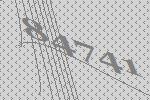
84741